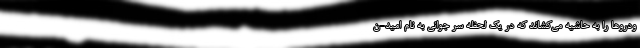
ودرو‌ها را به حاشیه می‌کشاند که در یک لحظه سر جوانی به نام امید-ن